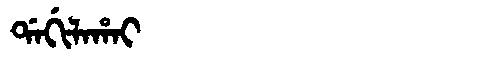
Manchu: ᡩᠠᡤᡳᠯᠠᡥᠠᡳ
Romanization: DAGILAHAI